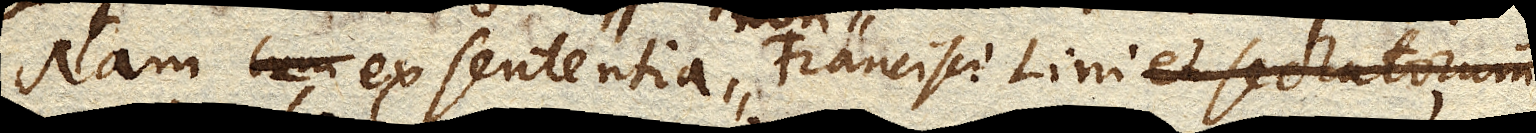
Nam cum ex sententia Francisci Lini et sectatorum